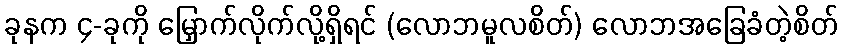
ခုနက ၄-ခုကို မြှောက်လိုက်လို့ရှိရင် (လောဘမူလစိတ်) လောဘအခြေခံတဲ့စိတ်